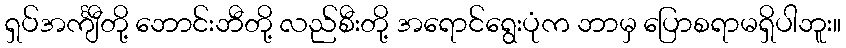
ရှပ်အင်္ကျီတို့ ဘောင်းဘီတို့ လည်စီးတို့ အရောင်ရွေးပုံက ဘာမှ ပြောစရာမရှိပါဘူး။